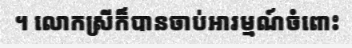
។ លោកស្រីក៏បានចាប់អារម្មណ៍ចំពោះ